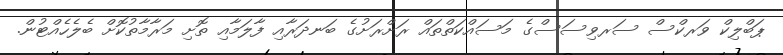
ޕަބްލިކް ވަރކްސް ސަރވިސަސްގެ މަސައްކަތްތައް ރަށްރަށުގެ ބަނދަރާއި ފާލަމާއި ތޮށި މަރާމާތުކޮށް ބެލެހެއްޓުން.